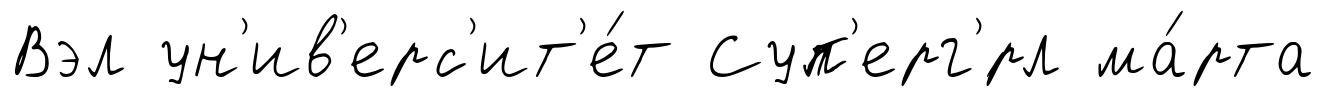
Вэл ун'ив'ерс'ит'е́т Суп'ерг'́рл ма́рта